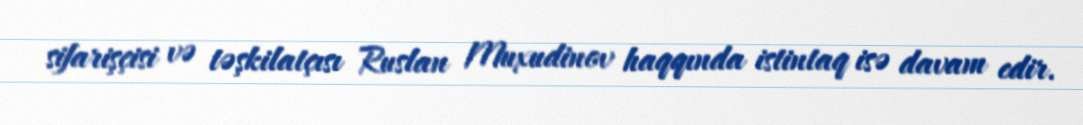
sifarişçisi və təşkilatçısı Ruslan Muxudinov haqqında istintaq isə davam edir.